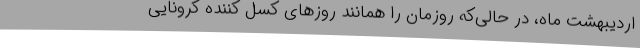
اردیبهشت ماه، در حالی‌که روزمان را همانند روزهای کسل کننده کرونایی